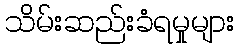
သိမ်းဆည်းခံရမှုများ